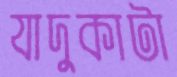
যাদুকাটা